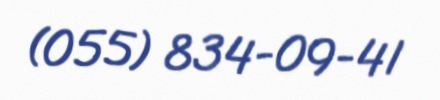
(055) 834-09-41